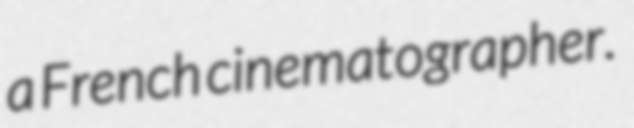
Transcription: a French cinematographer.